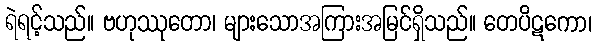
ရဲရင့်သည်။ ဗဟုဿုတော၊ များသောအကြားအမြင်ရှိသည်။ တေပိဋကော၊